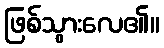
ဖြစ်သွားလေ၏။